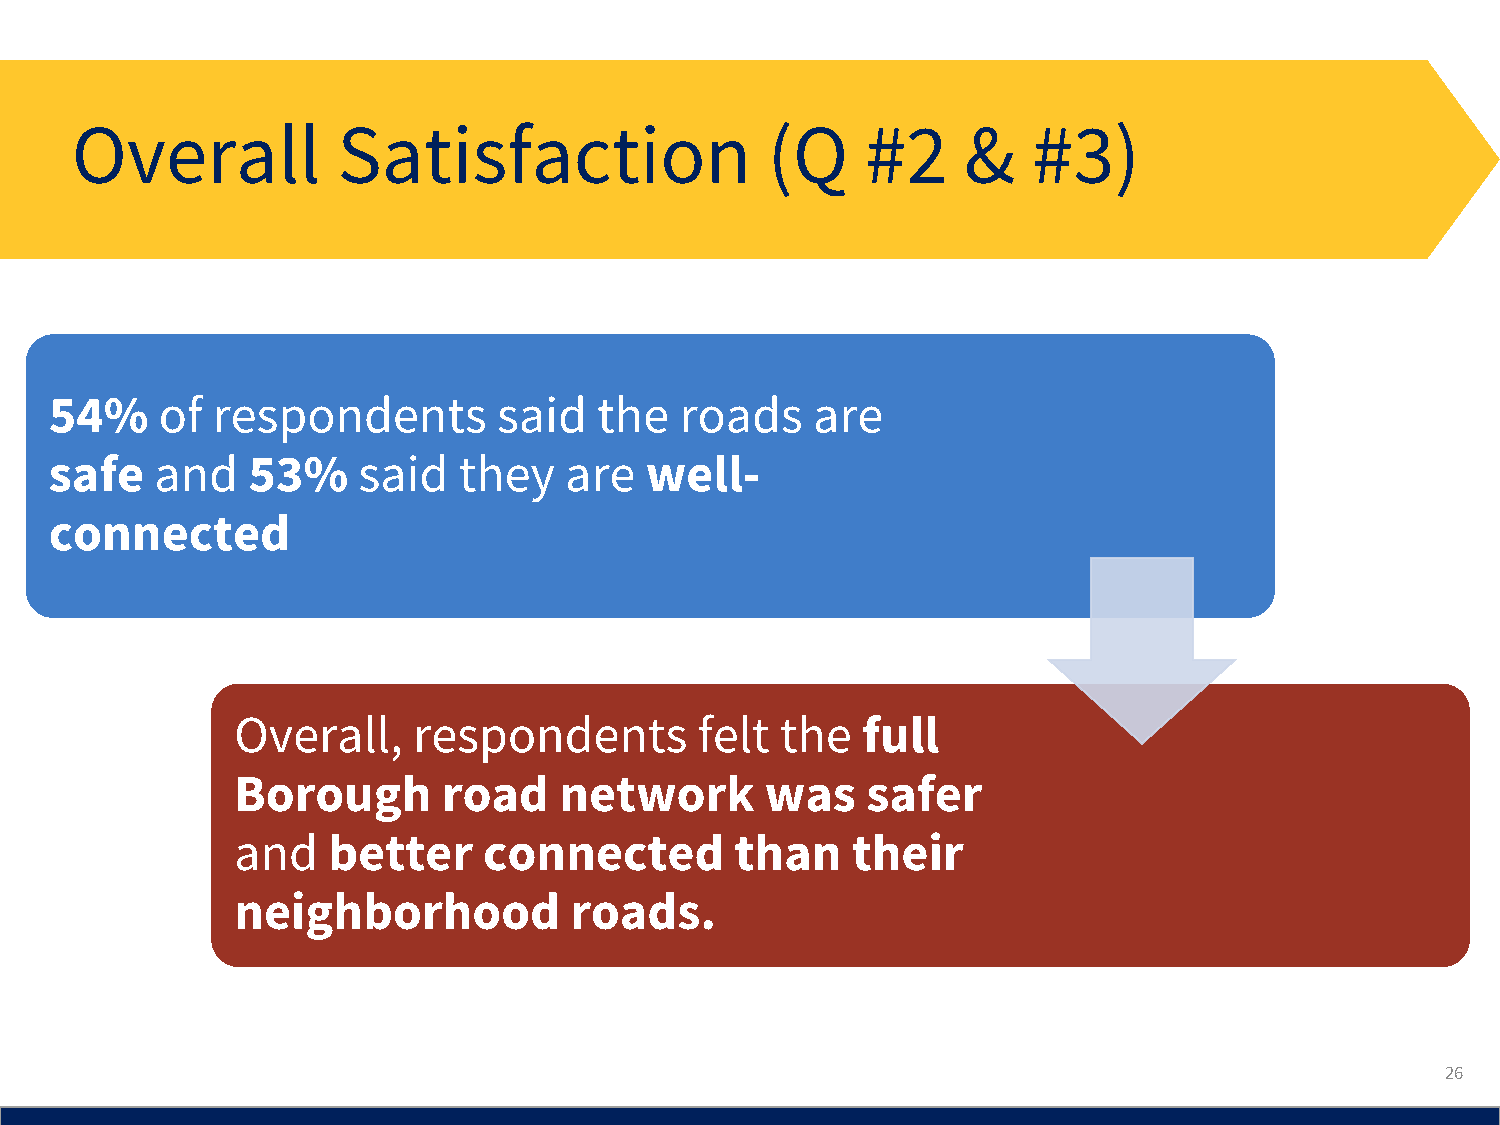
Overall          Satisfaction                 (Q    #2     &   #3)
 54%     of respondents        said   the  roads    are
 safe   and   53%     said  they   are   well-
 connected
 Overall,   respondents        felt  the  full
 Borough      road    network       was   safer
 and   better    connected        than   their
 neighborhood          roads.
 26